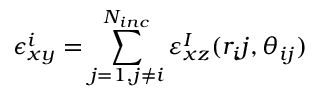
\epsilon _ { x y } ^ { i } = \sum _ { j = 1 , j \neq i } ^ { N _ { i n c } } \varepsilon _ { x z } ^ { I } ( r _ { i } j , \theta _ { i j } )